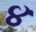
૪